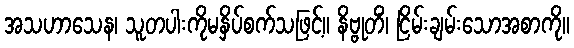
အသဟာသေန၊ သူတပါးကိုမနှိပ်စက်သဖြင့်။ နိဗ္ဗုတိံ၊ ငြိမ်းချမ်းသောအစာကို။